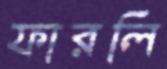
ফারলি